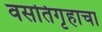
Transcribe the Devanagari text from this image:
वसतिगृहाचा